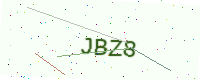
Text: JBZ8